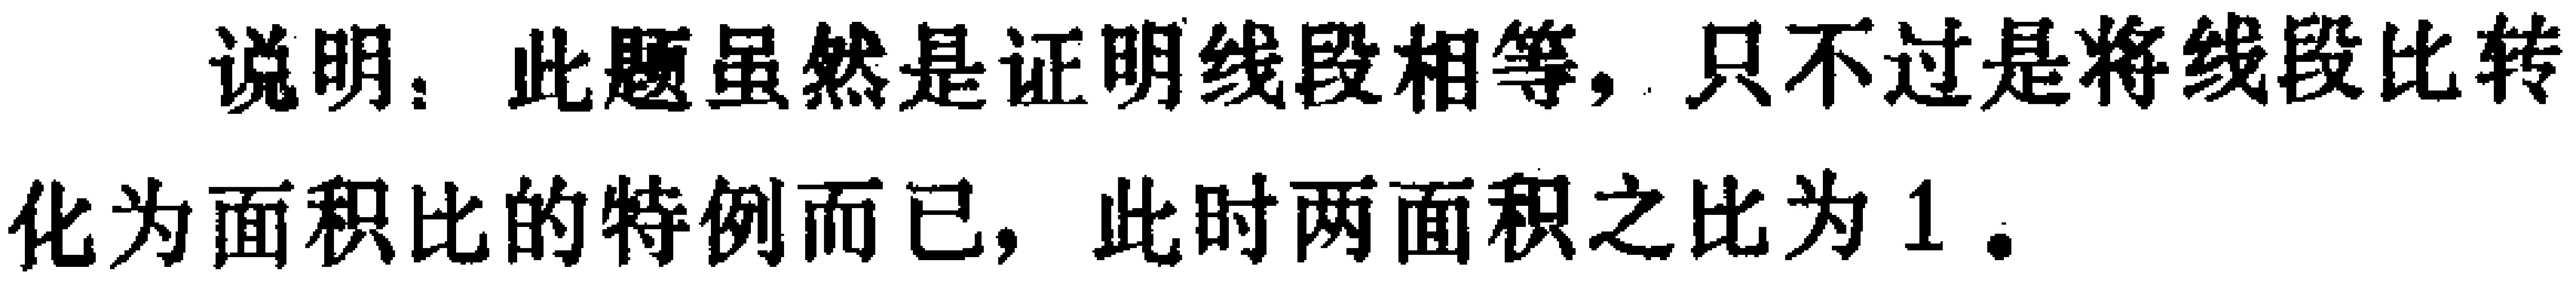
说明：此题虽然是证明线段相等，只不过是将线段比转化为面积比的特例而已，此时两面积之比为 1.